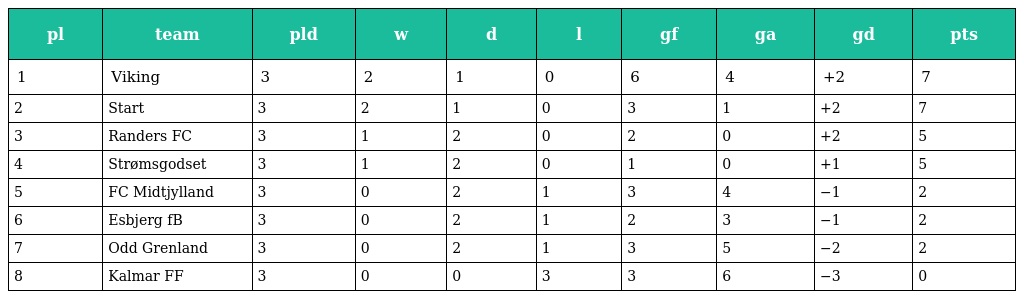
| pl | team | pld | w | d | l | gf | ga | gd | pts |
 | --- | --- | --- | --- | --- | --- | --- | --- | --- | --- |
 | 1 | Viking | 3 | 2 | 1 | 0 | 6 | 4 | +2 | 7 |
 | 2 | Start | 3 | 2 | 1 | 0 | 3 | 1 | +2 | 7 |
 | 3 | Randers FC | 3 | 1 | 2 | 0 | 2 | 0 | +2 | 5 |
 | 4 | Strømsgodset | 3 | 1 | 2 | 0 | 1 | 0 | +1 | 5 |
 | 5 | FC Midtjylland | 3 | 0 | 2 | 1 | 3 | 4 | −1 | 2 |
 | 6 | Esbjerg fB | 3 | 0 | 2 | 1 | 2 | 3 | −1 | 2 |
 | 7 | Odd Grenland | 3 | 0 | 2 | 1 | 3 | 5 | −2 | 2 |
 | 8 | Kalmar FF | 3 | 0 | 0 | 3 | 3 | 6 | −3 | 0 |